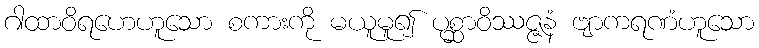
ဂါထာဝိရဟေဟူသော စကားကို မယူမူ၍ ပုစ္ဆာဝိဿဇ္ဇနံ ဗျာကရဏံဟူသော